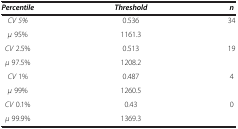
<table><thead><tr><td><b><i>Percentile</i></b></td><td><b><i>Threshold</i></b></td><td><b><i>n</i></b></td></tr></thead><tbody><tr><td><i>CV 5%</i></td><td>0.536</td><td rowspan="2">34</td></tr><tr><td><i>μ</i> 95%</td><td>1161.3</td></tr><tr><td><i>CV</i> 2.5%</td><td>0.513</td><td rowspan="2">19</td></tr><tr><td><i>μ</i> 97.5%</td><td>1208.2</td></tr><tr><td><i>CV</i> 1%</td><td>0.487</td><td rowspan="2">4</td></tr><tr><td><i>μ</i> 99%</td><td>1260.5</td></tr><tr><td><i>CV</i> 0.1%</td><td>0.43</td><td>0</td></tr><tr><td><i>μ</i> 99.9%</td><td>1369.3</td><td> </td></tr></tbody></table>